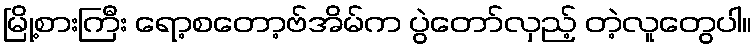
မြို့စားကြီး ရော့စတော့ဗ်အိမ်က ပွဲတော်လှည့် တဲ့လူတွေပါ။